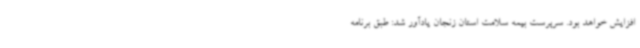
افزایش خواهد بود. سرپرست بیمه سلامت استان زنجان یادآور شد: طبق برنامه